Civil Veterinary Department. United Provinces 1923-31 - 1923-1931
Year: 1923
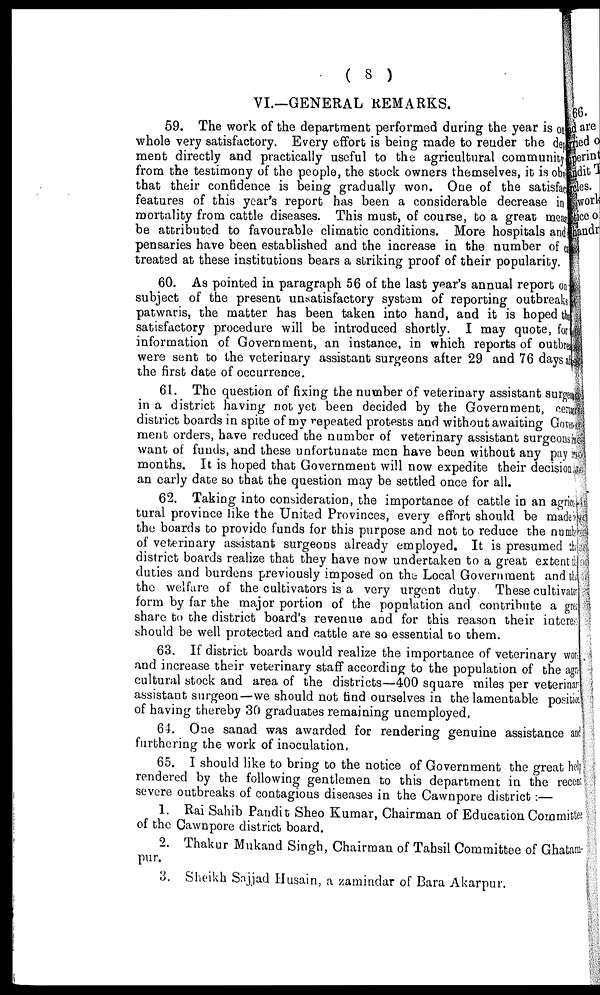
( 8 )
VI.—GENERAL REMARKS.
59. The work of the department performed during the year is on
whole very satisfactory. Every effort is being made to render the dep
ment directly and practically useful to the agricultural community
from the testimony of the people, the stock owners themselves, it is obv
that their confidence is being gradually won. One of the satisfacy
features of this year's report has been a considerable decrease in
mortality from cattle diseases. This must, of course, bo a great means
be attributed to favourable climatic conditions. More hospitals and
pensaries have been established and the increase in the number of
treated at these institutions bears a sinking proof of their popularity.
60. As pointed in paragraph 56 of the last year's annual report on
subject of the present unsatisfactory system of reporting outbreaks
patwaris, the matter has been taken into hand, and it is hoped t ha-
satisfactory procedure will be introduced shortly. I may quote, for
information of Government, an instance, in which reports of outbrea
were sent to the veterinary assistant surgeons after 29 and 76 days af,
the first date of occurrence.
61. The question of fixing the number of veterinary assistant surgee
in a district having not yet been decided by the Government, certa
district boards in spite of my repeated protests and without awaiting Gover
ment orders, have reduced the number of veterinary assistant surgeons
want of funds, and these unfortunate men have been without any pay
months. It is hoped that Government will now expedite their decision
an early date so that the question may be settled once for all.
62. Taking into consideration, the importance of cattle in an agrier,
tural province like the United Provinces, every effort should be made
the boards to provide funds for this purpose and not to reduce the number
of veterinary assistant surgeons already employed. It is presumed the
district boards realize that they have now undertaken to a great extent the
duties and burdens previously imposed on the Local Government and t he-
the welfare of the cultivators is a very urgent duty. These cultivaton
form by far the major portion of the population and contribute a gre
share to the district board's revenue and for this reason their intcres
should be well protected and cattle are so essential to them.
63. If district boards would realize the importance of veterinary won
and increase their veterinary staff according to the population of the agr
cultural stock and area of the districts—400 square miles per veterinar
assistant surgeon—we should not find ourselves in the lameutable position
of having thereby 30 graduates remaining unemployed.
64. One sanad was awarded for rendering genuine assistance and
furthering the work of inoculation,
65. I should like to bring to the notice of Government the great help
rendered by the following gentlemen to this department in the reccnt
severe outbreaks of contagious diseases in the Cawnpore district :—
1. Rai Sahib Pandit Sheo Kumar, Chairman of Education Committee
of the Cawnpore district board.
2. Thakur Mukand Singh, Chairman of Tahsil Committee of Ghatampur
pur.
3. Sheikh Snjjad Husain, a zamindar of Bara Akarpur.